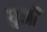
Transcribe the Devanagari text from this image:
घुआँ